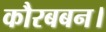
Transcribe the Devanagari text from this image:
कौरबबन।